Madras plague regulations in force outside the Presidency town - Volume 2
Disease focus: Plague
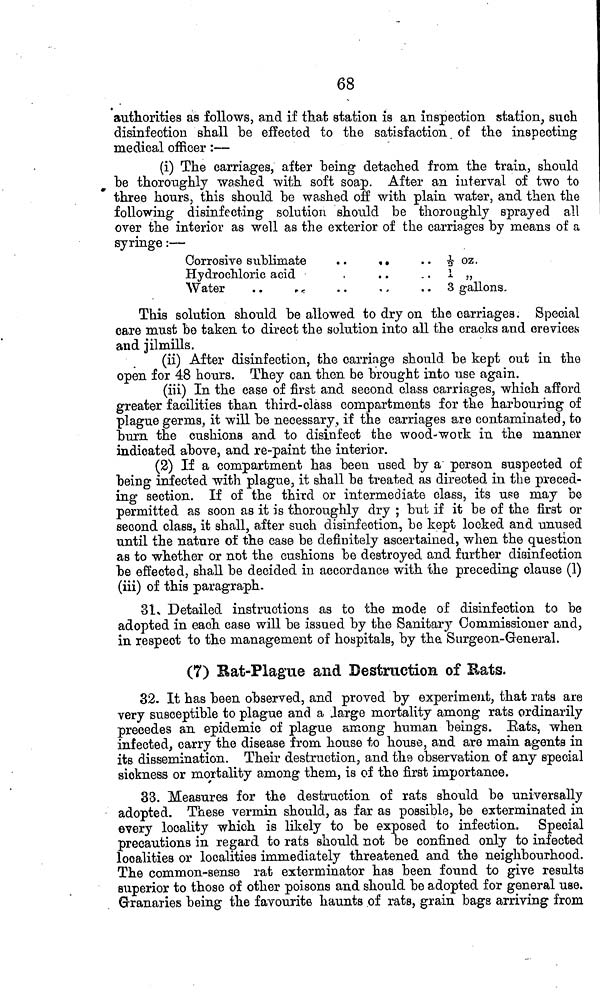
68
authorities as follows, and if that station is an inspection station, such
disinfection shall be effected to the satisfaction of the inspecting
medical officer :—
(i) The carriages, after being detached from the train, should
be thoroughly washed with soft soap. After an interval of two to
three hours, this should be washed off with plain water, and then, the
following disinfecting solution should be thoroughly sprayed all
over the interior as well as the exterior of the carriages by means of a
syringe :—
Corrosive sublimate
..
..
.. 1/2 oz.
Hydrochloric acid
,
..
I „
Water
..
..
..
..
3 gallons.
This solution should be allowed to dry on the carriages. Special
care must be taken to direct the solution into all the cracks and crevices
and jilmills.
(ii) After disinfection, the carriage should be kept out in the
open for 48 hours. They can then be brought into use again.
(iii) In the ease of first and second class carriages, which afford
greater facilities than third-class compartments for the harbouring of
plague germs, it will be necessary, if the carriages are contaminated, to
burn the cushions and to disinfect the wood-work in the manner
indicated above, and re-paint the interior.
(2) If a compartment has been used by a person suspected of
being infected with plague, it shall be treated as directed in the preced-
ing section. If of the third or intermediate class, its use may be
permitted as soon as it is thoroughly dry ; but if it be of the first or
second class, it shall, after such disinfection, be kept locked and unused
until the nature of the case be definitely ascertained, when the question
as to whether or not the cushions be destroyed and further disinfection
be effected, shall be decided in accordance with the preceding clause (1)
(iii) of this paragraph.
31. Detailed instructions as to the mode of disinfection to be
adopted in each case will be issued by the Sanitary Commissioner and,
in respect to the management of hospitals, by the. Surgeon-General.
(7) Rat-Plague and Destruction of Rats.
32. It has been observed, and proved by experiment, that rats are
very susceptible to plague and a .large mortality among rats ordinarily
precedes an epidemic of plague among human beings. Eats, when
infected, carry the disease from house to house, and are main agents in
its dissemination. Their destruction, and the observation of any special
sickness or mortality among them, is of the first importance.
33. Measures for the destruction of rats should be universally
adopted. These vermin should, as far as possible, be exterminated in
every locality which is likely to be exposed to infection. Special
precautions in regard to rats should not be confined only to infected
localities or localities immediately threatened and the neighbourhood.
The common-sense rat exterminator has been found to give results
superior to those of other poisons and should be adopted for general use.
Granaries being the favourite haunts of rats, grain bags arriving from